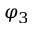
\varphi _ { 3 }